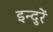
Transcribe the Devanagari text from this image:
इन्दुरें